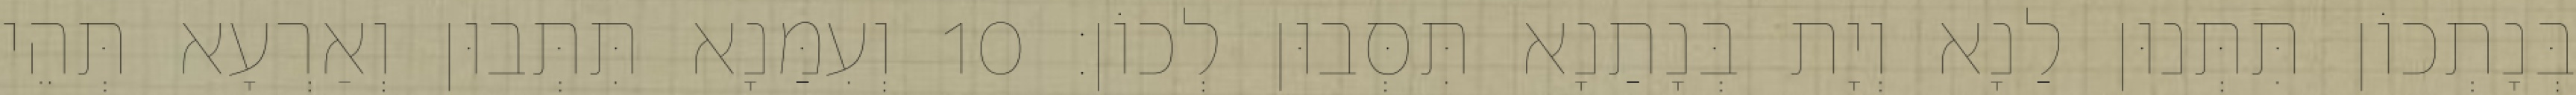
בְּנָתְכוֹן תִּתְּנוּן לַנָא וְיָת בְּנָתַנָא תִּסְּבוּן לְכוֹן׃ 10 וְעִמַּנָא תִּתְּבוּן וְאַרְעָא תְּהֵי